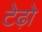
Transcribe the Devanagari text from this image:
टेढ़ो